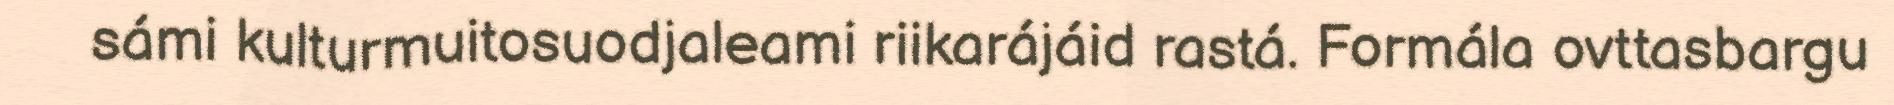
sámi kulturmuitosuodjaleami riikarájáid rastá. Formála ovttasbargu